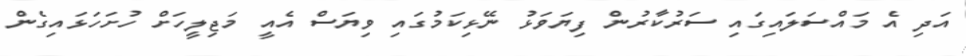
އަދި އެ މައްސަލައިގައި ސަރުކާރުން ފިޔަވަޅު ނޭޅިކަމުގައި ވިޔަސް އެއީ މަޖިލީހަށް ހުށަހަޅައިގެން